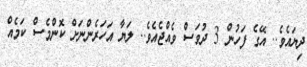
ދިޔައެވެ.. އޭގެ ފަހުން 3 ދުވަސް ވެއްޖެއެވެ.. ލަޔާ އަހަރެންްނަށް ކޮންމެސް ކަމެއް